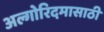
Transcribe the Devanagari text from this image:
अल्गोरिदमासाठी